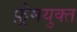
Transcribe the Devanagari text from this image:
फ़्रेमयुक्त